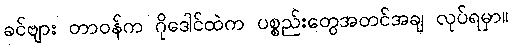
ခင်ဗျား တာဝန်က ဂိုဒေါင်ထဲက ပစ္စည်းတွေအတင်အချ လုပ်ရမှာ။